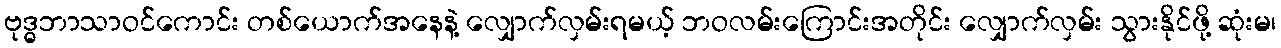
ဗုဒ္ဓဘာသာဝင်ကောင်း တစ်ယောက်အနေနဲ့ လျှောက်လှမ်းရမယ့် ဘဝလမ်းကြောင်းအတိုင်း လျှောက်လှမ်း သွားနိုင်ဖို့ ဆုံးမ၊